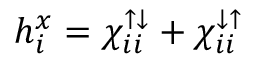
h _ { i } ^ { x } = \chi _ { i i } ^ { { \uparrow } { \downarrow } } + \chi _ { i i } ^ { { \downarrow } { \uparrow } }